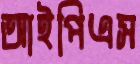
আইপিএস